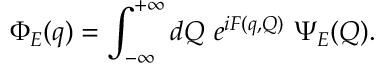
\Phi _ { E } ( q ) = \int _ { - \infty } ^ { + \infty } d Q ~ e ^ { i F ( q , Q ) } ~ \Psi _ { E } ( Q ) .